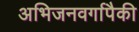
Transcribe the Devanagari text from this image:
अभिजनवर्गापैकी